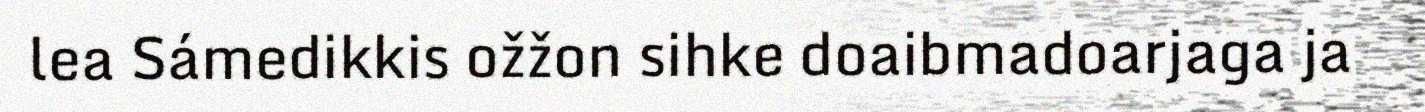
lea Sámedikkis ožžon sihke doaibmadoarjaga ja